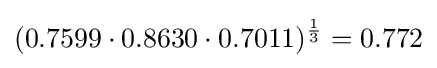
(0.7599\cdot 0.8630\cdot 0.7011)^{\frac {1}{3}}=0.772